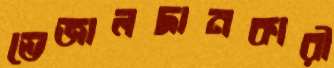
ভেজালদানকারী